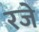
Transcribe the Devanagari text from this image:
रजे